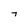
Character: 7